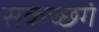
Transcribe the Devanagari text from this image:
सकच्छगं